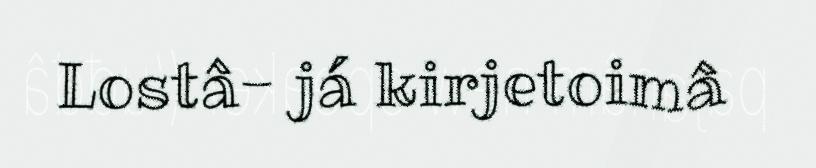
Lostâ- já kirjetoimâ